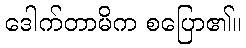
ဒေါက်တာမိက စပြော၏။